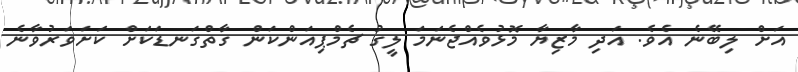
އަށް ލިބޭނެ އެވެ. އަދި މާޒިޔާ މޮޅުވެއްޖެނަމަ ލީގު ޗެމްޕިއަންކަން ގާތްގަނޑަކަށް ކަށަވަރުވާނެ